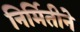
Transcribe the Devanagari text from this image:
निर्मितीने